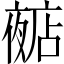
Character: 𱘩